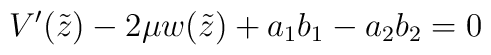
V'(\tilde z) - 2\mu w(\tilde z) +a_1b_1-a_2b_2 = 0